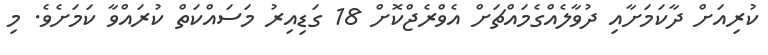
ކުރިއަށް ދާކަމަށާއި ދުވާލެއްގެމައްޗަށް އެވްރެޖްކޮށް 18 ގަޑިއިރު މަސައްކަތް ކުރައްވާ ކަމަށެވެ. މި